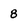
Character: 8